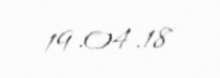
19.04.18